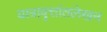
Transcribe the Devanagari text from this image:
यात्रावृत्तांतलेखन